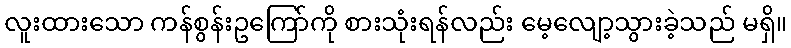
လူးထားသော ကန်စွန်းဥကြော်ကို စားသုံးရန်လည်း မေ့လျော့သွားခဲ့သည် မရှိ။